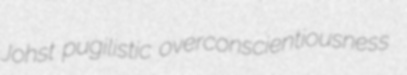
Johst pugilistic overconscientiousness